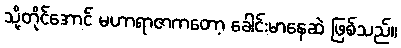
သို့တိုင်အောင် မဟာရာဇာကတော့ ခေါင်းမာနေဆဲ ဖြစ်သည်။